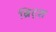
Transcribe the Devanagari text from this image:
ब्रिट्श